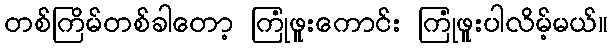
တစ်ကြိမ်တစ်ခါတော့ ကြုံဖူးကောင်း ကြုံဖူးပါလိမ့်မယ်။